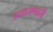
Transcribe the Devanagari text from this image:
उसासणारी